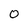
Character: 0